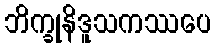
ဘိက္ခုနိဒူသကဿပေ